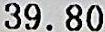
39.80